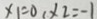
x _ { 1 } = 0 , x _ { 2 } = - 1